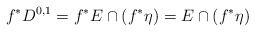
\begin{align*}f^*D^{0,1}=f^* E\cap (f^*\eta) =E\cap (f^*\eta)\end{align*}